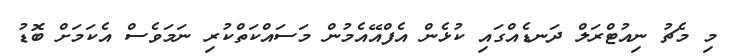
މި މެޗު ނިއުޓްރަލް ދަނޑެއްގައި ކުޅެން އެފްއޭއެމުން މަސައްކަތްކުރި ނަމަވެސް އެކަމަށް ބޮޑު